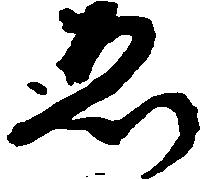
ゑ